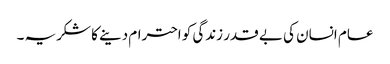
عام انسان کی بے قدر زندگی کو احترام دینے کا شکریہ ۔